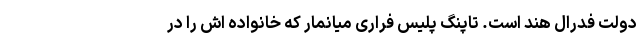
دولت فدرال هند است. تاپنگ پلیس فراری میانمار که خانواده اش را در